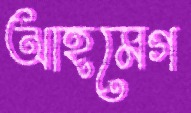
আহমেগ